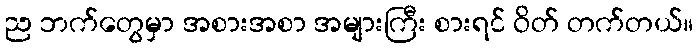
ည ဘက်တွေမှာ အစားအစာ အများကြီး စားရင် ဝိတ် တက်တယ်။